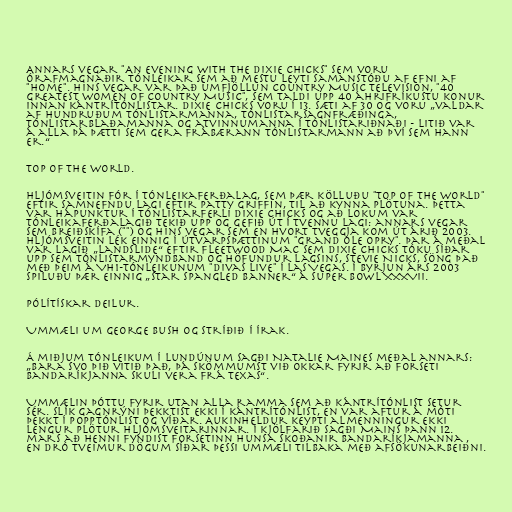
Annars vegar "An Evening with the Dixie Chicks" sem voru
órafmagnaðir tónleikar sem að mestu leyti samanstóðu af efni af
"Home". Hins vegar var það umfjöllun Country Music Television, "40
Greatest Women of Country Music", sem taldi upp 40 áhrifríkustu konur
innan kántrítónlistar. Dixie Chicks voru í 13. sæti af 30 og voru „valdar
af hundruðum tónlistarmanna, tónlistarsagnfræðinga,
tónlistarblaðamanna og atvinnumanna í tónlistariðnaði - litið var
á alla þá þætti sem gera frábærann tónlistarmann að því sem hann
er.“

Top of the World.

Hljómsveitin fór í tónleikaferðalag, sem þær kölluðu "Top of the World"
eftir samnefndu lagi eftir Patty Griffin, til að kynna plötuna. Þetta
var hápunktur í tónlistarferli Dixie Chicks og að lokum var
tónleikaferðalagið tekið upp og gefið út í tvennu lagi: annars vegar
sem breiðskífa ("") og hins vegar sem en hvort tveggja kom út árið 2003.
Hljómsveitin lék einnig í útvarpsþættinum "Grand Ole Opry". Þar á meðal
var lagið „Landslide“ eftir Fleetwood Mac sem Dixie Chicks tóku síðar
upp sem tónlistarmyndband og höfundur lagsins, Stevie Nicks, söng það
með þeim á VH1-tónleikunum "Divas Live" í Las Vegas. Í byrjun árs 2003
spiluðu þær einnig „Star Spangled Banner“ á Super Bowl XXXVII.

Pólítískar deilur.

Ummæli um George Bush og stríðið í Írak.

Á miðjum tónleikum í Lundúnum sagði Natalie Maines meðal annars:
„Bara svo þið vitið það, þá skömmumst við okkar fyrir að forseti
Bandaríkjanna skuli vera frá Texas“.

Ummælin þóttu fyrir utan alla ramma sem að kántrítónlist setur
sér. Slík gagnrýni þekktist ekki í kántrítónlist, en var aftur á móti
þekkt í popptónlist og víðar. Aukinheldur keypti almenningur ekki
lengur plötur hljómsveitarinnar. Í kjölfarið sagði Mains þann 12.
mars að henni fyndist forsetinn hunsa skoðanir Bandaríkjamanna ,
en dró tveimur dögum síðar þessi ummæli tilbaka með afsökunarbeiðni.